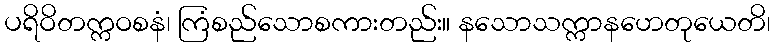
ပရိဝိတက္ကဝစနံ၊ ကြံစည်သောစကားတည်း။ နသောသက္ကာနဟေတုယေတိ၊